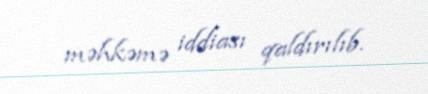
məhkəmə iddiası qaldırılıb.